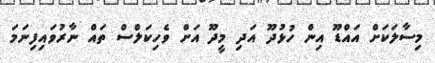
މިސާލަކަށް އައްޑޫ އިން ހުޅުދޫ އަދި މީދޫ އަށް ވެހިކަލްސް ތައް ނާރުވައިފިނަމަ